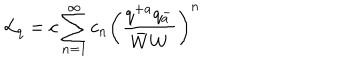
{ \cal L } _ { q } = c \sum _ { n = 1 } ^ { \infty } c _ { n } \left( \frac { q ^ { + a } q _ { a } ^ { - } } { \bar { W } W } \right) ^ { n }